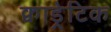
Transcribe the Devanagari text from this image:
क्वाड्रेटिक